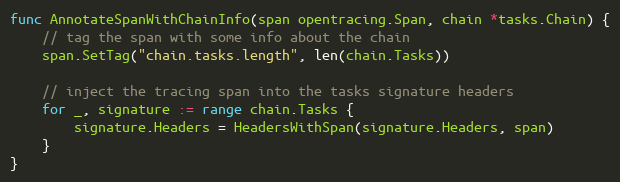
Language: Go
func AnnotateSpanWithChainInfo(span opentracing.Span, chain *tasks.Chain) {
	// tag the span with some info about the chain
	span.SetTag("chain.tasks.length", len(chain.Tasks))

	// inject the tracing span into the tasks signature headers
	for _, signature := range chain.Tasks {
		signature.Headers = HeadersWithSpan(signature.Headers, span)
	}
}